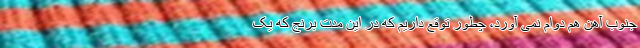
جنوب آهن هم دوام نمی آورد، چطور توقع داریم که در این مدت برنج که یک